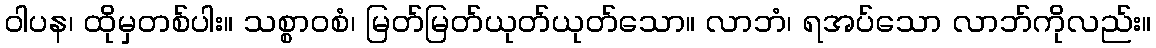
ဝါပန၊ ထိုမှတစ်ပါး။ သစ္စာဝစံ၊ မြတ်မြတ်ယုတ်ယုတ်သော။ လာဘံ၊ ရအပ်သော လာဘ်ကိုလည်း။